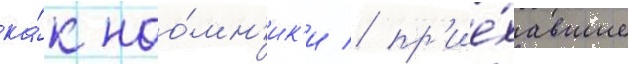
ка́к нао́мн'ик'и / пр'ие́хавшие